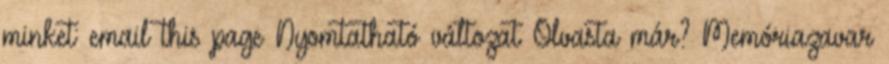
minket: email this page Nyomtatható változat Olvasta már? Memóriazavar